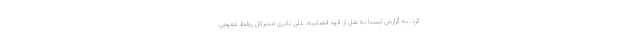
کرد. به گزارش ایسنا به نقل از قوه قضاییه، علی نادری مدیرکل روابط عمومی